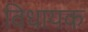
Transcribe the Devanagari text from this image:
विधायक